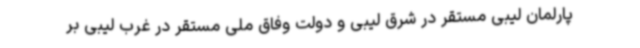
پارلمان لیبی مستقر در شرق لیبی و دولت وفاق ملی مستقر در غرب لیبی بر